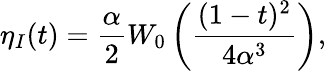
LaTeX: \eta_{I}(t)=\frac{\alpha}{2}W_{0}\left(\frac{(1-t)^{2}}{4\alpha^{3}}\right),